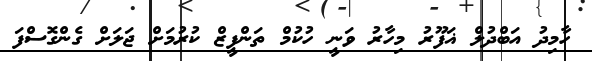
ހާމިދު އަބްދުލް ޣަފޫރު މިހާރު ވަނީ ހުކުމް ތަންފީޒް ކުރުމަށް ޖަލަށް ގެންގޮސްފަ